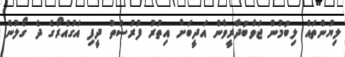
ލިޔުންތައް ލިބުމުން ޖަވާބުދާރީވާން އަދީބަށް އިތުރު ފުރުސަތު ދީފި އަގުއެރޯގެ ދެ ގޯލުން